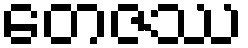
တေဇဿ